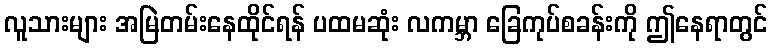
လူသားများ အမြဲတမ်းနေထိုင်ရန် ပထမဆုံး လကမ္ဘာ ခြေကုပ်စခန်းကို ဤနေရာတွင်